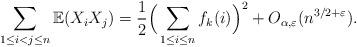
LaTeX: \begin{align*}\sum_{1\leq i< j\leq n}\mathbb{E}(X_iX_j)=\frac{1}{2}\Big(\sum_{1\leq i\leq n}f_k(i)\Big)^2+O_{\alpha,\varepsilon}(n^{3/2+\varepsilon}).\end{align*}